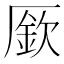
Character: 𠪢